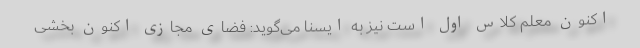
اکنون معلم کلاس اول است نیز به ایسنا می‌گوید: فضای مجازی اکنون بخشی